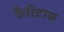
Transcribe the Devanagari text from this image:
कैरिटास